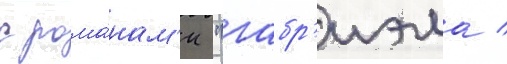
с рома́нам'и "габр'иэла /